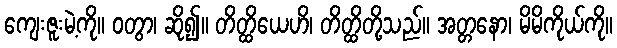
ကျေးဇူးမဲ့ကို။ ဝတွာ၊ ဆို၍။ တိတ္ထိယေဟိ၊ တိတ္ထိတို့သည်။ အတ္တနော၊ မိမိကိုယ်ကို။